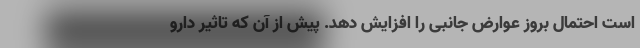
است احتمال بروز عوارض جانبی را افزایش دهد. پیش از آن که تاثیر دارو